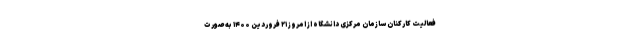
فعالیت کارکنان سازمان مرکزی دانشگاه از امروز ۲۱ فروردین ۱۴۰۰ به صورت